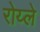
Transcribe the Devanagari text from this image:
रोय्ले